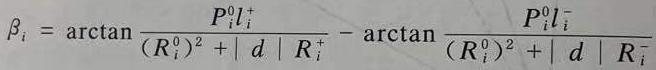
$\beta_{i}=\arctan\frac{P_{i}^{0}l_{i}^{+}}{(R_{i}^{0})^{2}+|d|R_{i}^{+}}-\arctan\frac{P_{i}^{0}l_{i}^{-}}{(R_{i}^{0})^{2}+|d|R_{i}^{-}}$